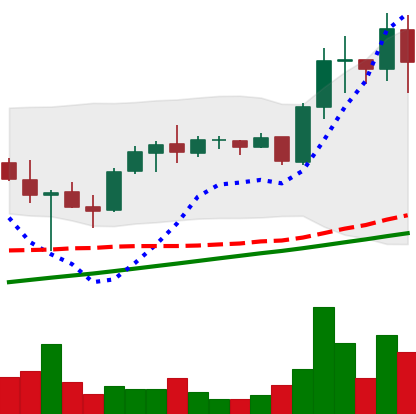
Ticker: ADA-USD
Chart end date: 2021-05-10
Forward return: 32.184%
Label: up_7plus